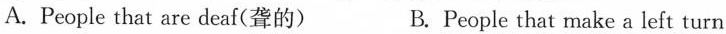
A.People that are deaf(聋的) B.People that make a left turn